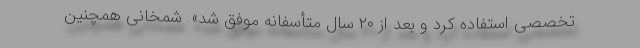
تخصصی استفاده کرد و بعد از ۲۰ سال متأسفانه موفق شد». شمخانی همچنین